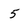
Character: 5